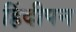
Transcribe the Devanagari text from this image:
हिंदीपन